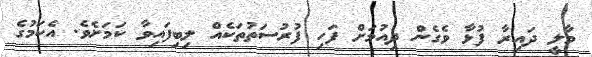
މާލީ ދައިރާ ފުޅާ ވެގެން ދިއުމަށް ފަހި ފުރުސަތުތަކެއް ލިބިފައިވާ ކަމަށެވެ. އެކަމުގެ